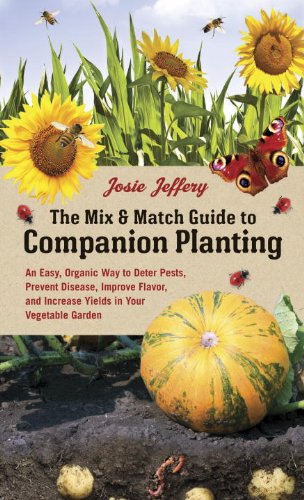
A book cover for The Mix & Match Guide to Companion Planting: An Easy, Organic Way to Deter Pests, Prevent Disease, Improve Flavor, and Increase Yields in Your Vegetable Garden; Josie Jeffery; Crafts, Hobbies & Home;